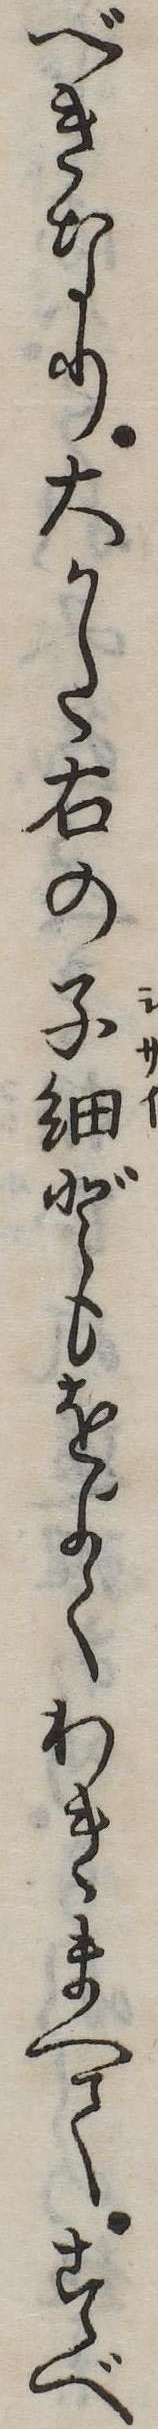
べきなり大かた右の子細どもをよくわきまへてすべ